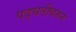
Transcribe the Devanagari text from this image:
पद्घतीवरुन